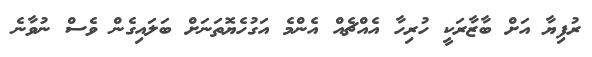
ރުފިޔާ އަށް ބާޒާރަކީ ހުރިހާ އެއްޗެއް އެންމެ އަގުހެޔޮތަނަށް ބަލައިގެން ވެސް ނުވާނެ